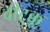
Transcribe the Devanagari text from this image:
वीटुक्कू